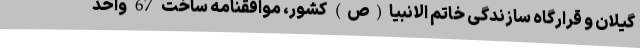
گیلان و قرارگاه سازندگی خاتم الانبیا(ص) کشور، موافقنامه ساخت 67 واحد